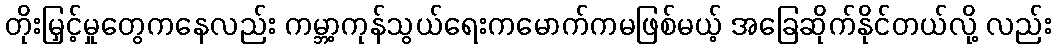
တိုးမြှင့်မှုတွေကနေလည်း ကမ္ဘာ့ကုန်သွယ်ရေးကမောက်ကမဖြစ်မယ့် အခြေဆိုက်နိုင်တယ်လို့ လည်း